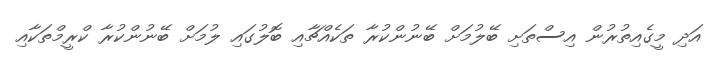
އަދި މީގެއިތުރުން އިސްތަށި ބޭލުމަށް ބޭނުންކުރާ ތަކެއްޗާއި ބޮލުގައި ލުމަށް ބޭނުންކުރާ ކްރީމްތަކާއި